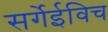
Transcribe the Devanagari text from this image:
सर्गेईविच